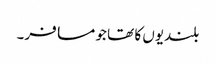
بلندیوں کا تھا جو مسافر۔